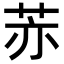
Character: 𦮰